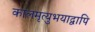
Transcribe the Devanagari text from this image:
कालमृत्युभयाद्वापि